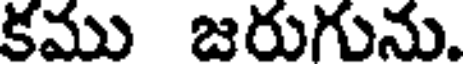
కము జరుగును.